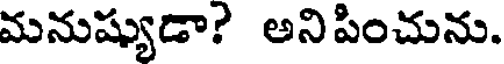
మనుష్యుడా? అనిపించును.